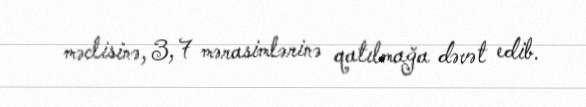
məclisinə, 3, 7 mərasimlərinə qatılmağa dəvət edib.